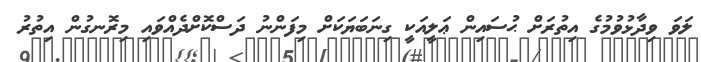
ލަވަ ވިދާޅުވުމުގެ އިތުރަށް ޙުސައިން ޢަލީއަކީ ގިނަބަޔަކަށް މިފަންނު ދަސްކޮށްދެއްވައި މިރޮނގުން އިތުރު